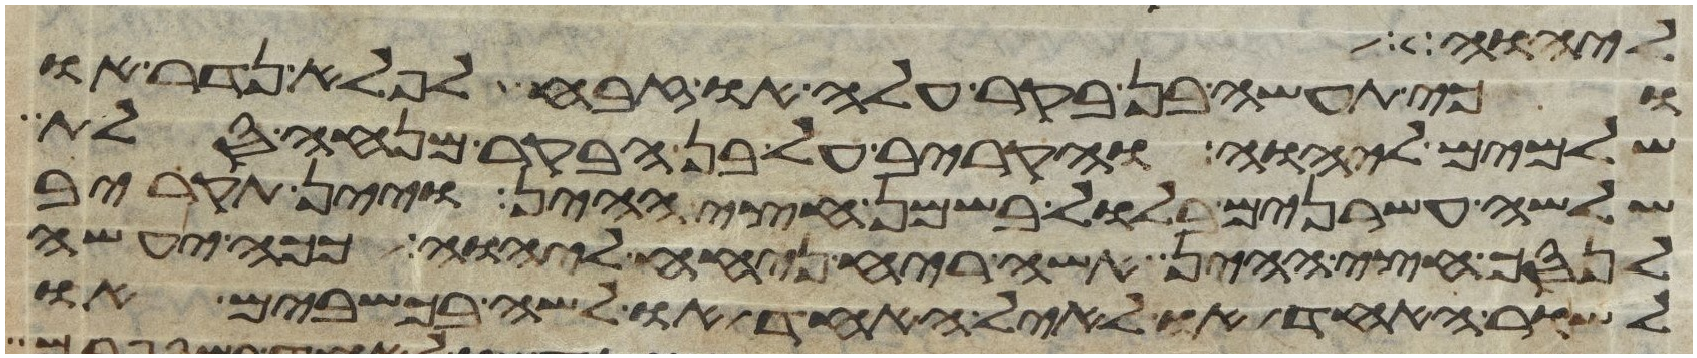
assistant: ליהוה
וכי תעשה בן בקר עלה או זבח לפלא נדר או
שלמים ליהוה והקריב על בן הבקר מנחה סלת
שלשה עשרנים בלול בשמן חצי ההין ויין תקריב
לנסך חצי ההין אשה ריח ניחח ליהוה ככה יעשה
לשור האחד או לאיל האחד או לשה בכשבים או